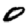
Digit: 0